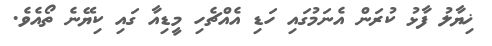
ޚިޔާލު ފާޅު ކުރަން އެނަމުގައި ހަޑި އެއްޗެހި މީޑިއާ ގައި ކިޔޭނެ ތޯއެވެ.